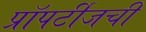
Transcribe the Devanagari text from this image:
प्रॉपर्टीजची